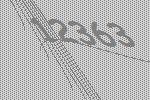
12363